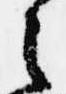
之